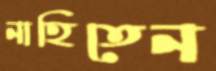
নাহিতেন